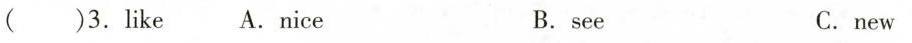
( )3.like A.nice B. see C.new